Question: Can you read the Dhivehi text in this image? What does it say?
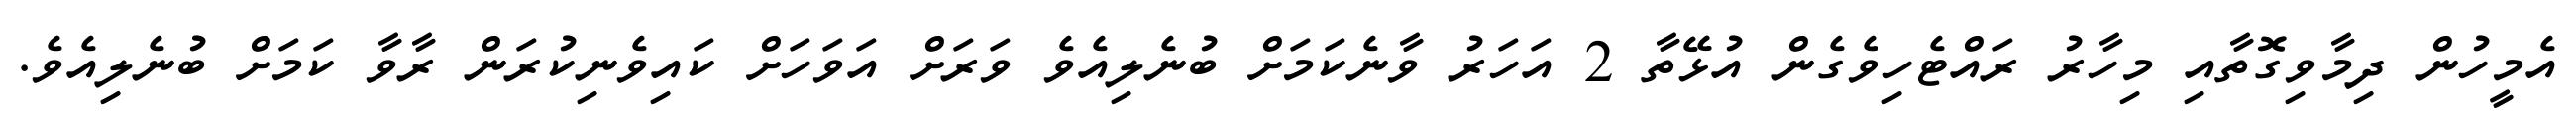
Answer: އެމީހުން ދިމާވިގޮތާއި މިހާރު ރައްޓެހިވެގެން އުޅޭތާ 2 އަހަރު ވާނެކަމަށް ބުނެލިއެވެ ވަރަށް އަވަހަށް ކައިވެނިކުރަން ރާވާ ކަމަށް ބުނެލިއެވެ.